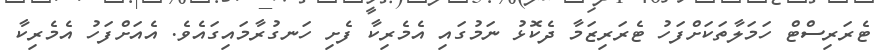
ޓެރަރިސްޓް ހަމަލާތަކަށްފަހު ޓެރަރިޒަމާ ދެކޮޅު ނަމުގައި އެމެރިކާ ފެށި ހަނގުރާމައިގައެވެ. އެއަށްފަހު އެމެރިކާ